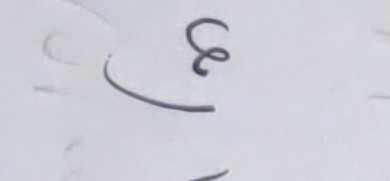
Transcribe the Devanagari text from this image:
हे